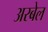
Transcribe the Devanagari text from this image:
अरबेल